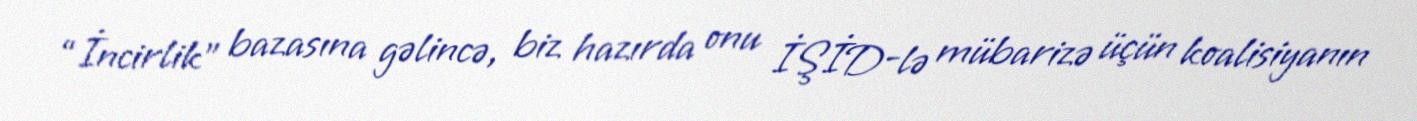
“İncirlik” bazasına gəlincə, biz hazırda onu İŞİD-lə mübarizə üçün koalisiyanın